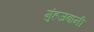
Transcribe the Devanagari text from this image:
मुंहजबानी